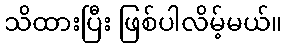
သိထားပြီး ဖြစ်ပါလိမ့်မယ်။